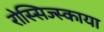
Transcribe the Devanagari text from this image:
रोस्सिज्स्काया